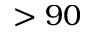
> 9 0